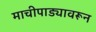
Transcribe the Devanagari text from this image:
माचीपाड्यावरून